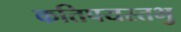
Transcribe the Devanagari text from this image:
कतिपयस्तभु